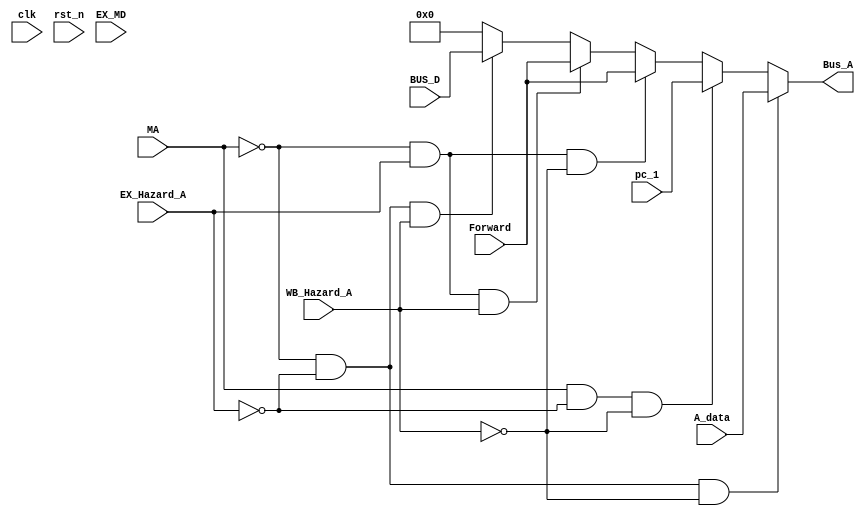
module MUX_A(clk,rst_n,EX_Hazard_A,WB_Hazard_A,Forward,BUS_D,pc_1, A_data, MA, Bus_A , EX_MD);
	input [31:0] pc_1 , A_data , Forward , BUS_D;
	input MA,clk ,rst_n;
	input EX_Hazard_A , WB_Hazard_A ;
	input [1:0] EX_MD ;
	output reg [31:0] Bus_A ;
		
	always @(*)
	begin
		if (MA == 1'b0 && EX_Hazard_A == 0 && WB_Hazard_A == 0)
			Bus_A =  A_data;
		else if (MA == 1'b1 && EX_Hazard_A == 0 && WB_Hazard_A == 0)
			Bus_A = pc_1;
		else if (MA == 1'b0 && EX_Hazard_A == 1'b1 && WB_Hazard_A ==0)
			Bus_A = Forward ;
		else if (MA == 1'b0 && EX_Hazard_A == 1'b1 && WB_Hazard_A ==1'b1)
			Bus_A = Forward ;
		else if (MA == 1'b0 && EX_Hazard_A == 1'b0 && WB_Hazard_A ==1'b1)
			Bus_A = BUS_D ;
		else
			begin
			Bus_A  = 0 ;
			end
		
	end	
	

endmodule